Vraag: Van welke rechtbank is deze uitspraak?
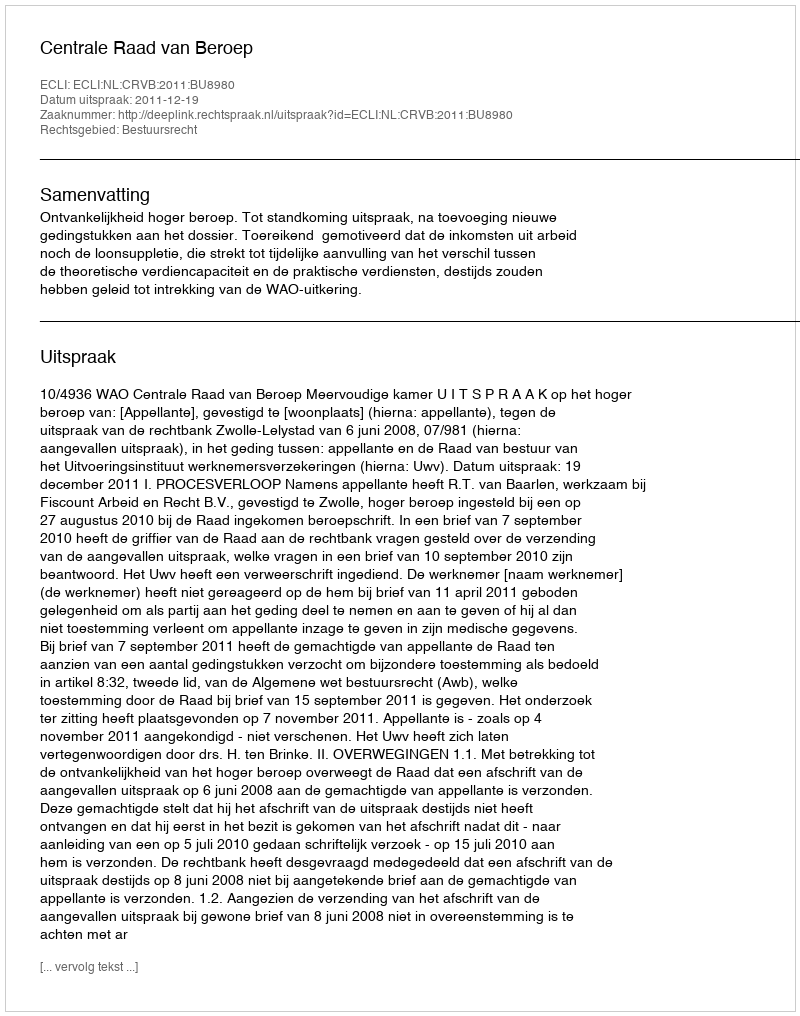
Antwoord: Centrale Raad van Beroep